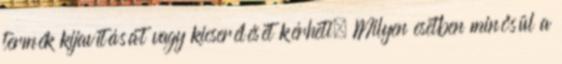
termék kijavítását vagy kicserélését kérheti. Milyen esetben minősül a